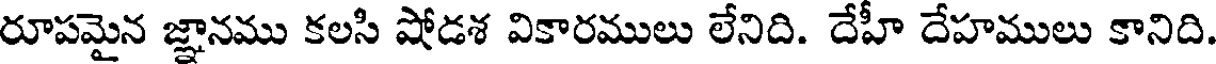
రూపమైన జ్ఞానము కలసి షోడశ వికారములు లేనిది. దేహీ దేహములు కానిది.